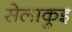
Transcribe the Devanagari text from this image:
सेलाकुइ